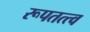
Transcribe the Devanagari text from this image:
रूपतत्त्व